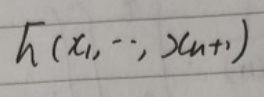
$h(x_1,\cdots,x_{n + 1})$